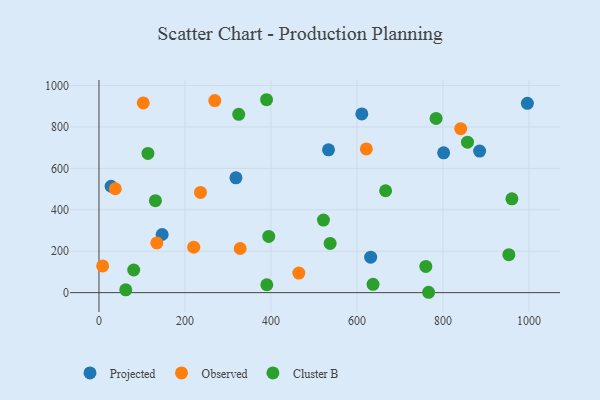
{"axis": {"x": "Study Hours", "y": "Yield"}, "legend": ["Cluster B", "Observed", "Projected"], "data": [{"x": "147.0", "y": 280.8, "type": "Projected"}, {"x": "318.6", "y": 554.5, "type": "Projected"}, {"x": "28.2", "y": 513.7, "type": "Projected"}, {"x": "533.9", "y": 689.7, "type": "Projected"}, {"x": "632.0", "y": 171.0, "type": "Projected"}, {"x": "801.7", "y": 675.0, "type": "Projected"}, {"x": "996.5", "y": 914.4, "type": "Projected"}, {"x": "611.4", "y": 862.8, "type": "Projected"}, {"x": "885.4", "y": 683.6, "type": "Projected"}, {"x": "220.4", "y": 219.4, "type": "Observed"}, {"x": "8.5", "y": 129.1, "type": "Observed"}, {"x": "328.4", "y": 213.0, "type": "Observed"}, {"x": "236.1", "y": 483.8, "type": "Observed"}, {"x": "134.6", "y": 240.2, "type": "Observed"}, {"x": "621.9", "y": 694.2, "type": "Observed"}, {"x": "37.9", "y": 501.7, "type": "Observed"}, {"x": "464.9", "y": 94.6, "type": "Observed"}, {"x": "103.0", "y": 916.0, "type": "Observed"}, {"x": "269.4", "y": 927.3, "type": "Observed"}, {"x": "841.4", "y": 791.7, "type": "Observed"}, {"x": "389.8", "y": 931.6, "type": "Cluster B"}, {"x": "666.7", "y": 491.9, "type": "Cluster B"}, {"x": "325.1", "y": 861.2, "type": "Cluster B"}, {"x": "537.7", "y": 237.4, "type": "Cluster B"}, {"x": "960.5", "y": 453.1, "type": "Cluster B"}, {"x": "390.4", "y": 38.0, "type": "Cluster B"}, {"x": "857.2", "y": 726.4, "type": "Cluster B"}, {"x": "80.8", "y": 109.3, "type": "Cluster B"}, {"x": "766.7", "y": 1.7, "type": "Cluster B"}, {"x": "522.2", "y": 350.3, "type": "Cluster B"}, {"x": "131.3", "y": 444.2, "type": "Cluster B"}, {"x": "784.1", "y": 841.5, "type": "Cluster B"}, {"x": "760.3", "y": 126.3, "type": "Cluster B"}, {"x": "953.4", "y": 183.4, "type": "Cluster B"}, {"x": "113.9", "y": 672.4, "type": "Cluster B"}, {"x": "394.9", "y": 271.2, "type": "Cluster B"}, {"x": "637.5", "y": 40.0, "type": "Cluster B"}, {"x": "62.3", "y": 13.4, "type": "Cluster B"}]}